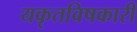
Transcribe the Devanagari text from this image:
यकृतविषकारी